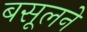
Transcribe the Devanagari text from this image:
बसूलने